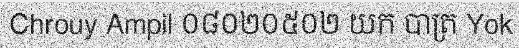
Chrouy Ampil ០៨០២០៥០២ យក បាត្រ Yok